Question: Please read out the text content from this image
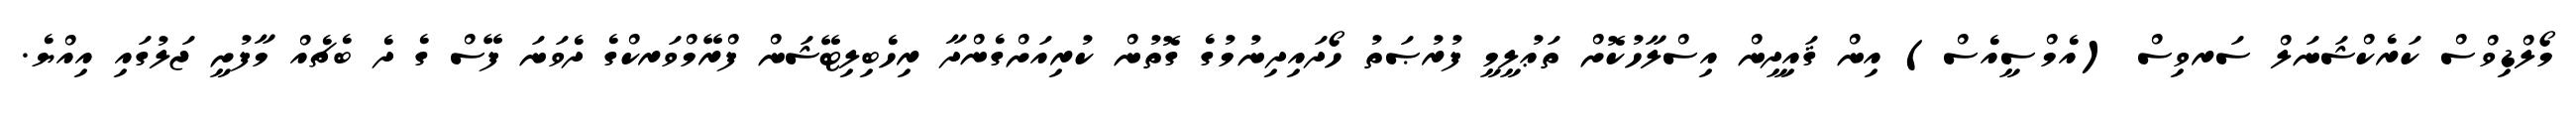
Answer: މޯލްޑިވްސް ކަރެކްޝަނަލް ސަރވިސް (އެމްސީއެސް) އިން ޤައިދީން އިސްލާހުކޮށް ތަޢުލީމީ ފުރުޞަތު ހޯދައިދިނުމުގެ ގޮތުން ކުރިއަށްގެންދާ ރިހެބިލިޓޭޝަން ފްރޭމްވަރކްގެ ދެވަނަ ފޭސް ގެ ދެ ބެޗެއް މާފުށީ ޖަލުގައި އިއްޔެ.